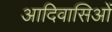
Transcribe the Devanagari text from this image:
आदिवासिओं